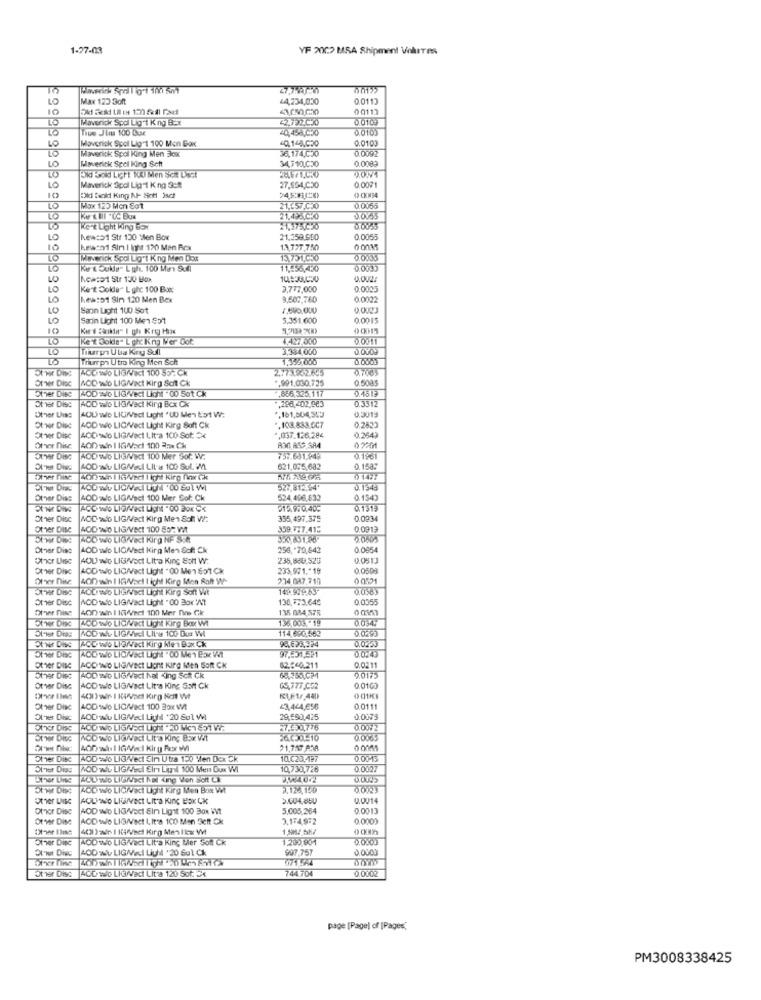
1-27-03
YF 2002 MSA Shipment Volures
LO
Max 123 Soft
44,234,030
0.0113
10
0 0113
10
Maverick Spol Lig t Kng BCx
0.0109
40,458,030
0.0103
Maverick Spol Lig't 100 Mon Box
0.0103
10
Maverick Spol King Men 3cx
36,174,030
0.0092
Maverick Spel King Sett
34,710,020
0.0089
10
0.0001
10
Maverick 3pdl Lig-1 K ng 3:4
27,534,050
10
O CKM34
TO
Max 125 Mon Sot
21,657,030
0.0055
TO
21.495.030
D.OY55
TO
KG-t Light King Box
0.0035
New:51 Str 130 Mlen Box
21.359.600
0.0055
10
heads1 Sin I inps 170 Man Rcx
13,727.750
0 0035
Maverick Spol Lig't K ng Men Dox
13.731.050
0.0035
LO
Ke & Oukde- L ph. 100 Me Sull
11 .- 56,430
Now:51 Str 130 Box
LO
Kent Dolda" L ghc 100 Box
3,777,000
0.0003
10
Kes:51 Sim 120 Men Box
9,607,780
0.0022
10
Sann Light 100 Sot
0.002J
10
Sarin Light 100 Men Got
5.351.600
0.0015
10
Kis's Skikta" I gh Krej Hix
0 0015
10
Ke't Solde" L ghc King Mer Got.
4.427.330
0.0011
Tilurg Uba Kry Stl
3,384,000
Thurrph Utro King Mon Sch
0.0003
ACD wo LIGNect 100 55-Ck
2 .: 73.832.605
0.7005
Other Dine
WOD wo LIG/Vact Kirg Soit Ck
.. 991.030.725
0.5085
AOD wo LIGNect Licht .00 Sot Ck
.856,325,117
0.4513
Other Dise
AOD wio LIGNect Kirg Bcx Ck
,288,402,983
Other Disc
AOU wo LIUNVect Light 'UD Men &ot W:
0.3512
0.3015
.161,504,303
AOD wie LIC/Vect Light King Soft Ck
.103.833.007
Other Disc
AOD wo LIGNect LIt'a 100 Sot: $
,037.126.204
0.264)
Other Dise
AM ASS.SAA
Ouvir Disa
AOD WO LIGNEct 100 Mer Sor. W.
737.691,449
AOD wit LIGMel LIl'a 100 Sul. IM
621,075,682
0.1583
Over Dine
014:7
52:312.54'
0. 1543
Other Dise
AOD wie LIGW/act 100 Mer Col: Ck
524,496,632
0.1543
5149:0,405
0.1319
Other Disc
AOD wo LIG/Vect Kirg Me1 85h W:
355,497.375
0.0234
El6D'O
Other Disc
WOD TWO LIGIVECI 100 SO- Wt
359.777.415
400 wo LlsWect Kirg NF Satt
Other Dise
LOD w/o LIGWVect King Men Soft Ck
256 ,- 70,642
0.0864
Othor Uise
400 wo LIGNVed Lita King Echt W:
235,680.520
0.0513
Other Dise
LOD wo LIG/Vact Light .00 Men Sot Ck
233,971 .* 19
0.0508
Otvor Dise
400 win I IG Vael I ight Kirg Mon Son W-
274 087.717
Otvor Dise
AUDIWO LIGNect Light kirg Sont Wt
0.0383
Other Dise
AOD wado LIG/Vect Light "00 Box 1/?
130.773.649
0.0355
Other Dise
400 win 1 104/net 100 Mer ne Ck
135 084,57R
136 004.11
0.034.
KOD wo LidiVest Light kirg Box W
114 690,562
0.0293
0.0253
Other Dise
RCC WO LIGNet Kirg Men Dax Ck
97,531,521
0.0.4
Other Dise
Other DING
AODINO LIGIVET LICht KIFO Men SOR CK
02 .: 60.211
0,0211
Other Dise
HOD wo LIGNect Nat King Sci Ck
9.0175
Other Disc
ACD wie LIG/Vact Lita King Saft Ck
G5,777.002
0.0163
0 01K3
Other Dise
AOD wo LIGNect 100 Box Wt
43,444,656
0.0111
AOD wu LIGMVedl Light +20 Sol WI
29,590,425
0.0073
Other Dise
ACD WO LIGNEct Licht .20 Mon 851 Wa
27.500.776
0.00W2
Otvor Dite
AOD wo LIGWVaci Lit'a King Box Wit
0 0055
Other Dise
AOD wo LIGNect Sim Utra 150 Ven Dex Ck
10.023.197
0.0015
Oliver Dias
ROD wit LIGRecl Elri Liunl 100 Men Dux WI
10,730,726
0.0027
ACO we LidiVect Light kirg Men Box Wt
3.125,140
0.0023
Other Lise
AQUINO LIGIVECI LIt'a KINC BOK CK
0.0014
Othor Dise
WOD Wo LIGW/oct Ein Lignit 100 Box WVt
5,005,264
0.0013
Other Dise
AOD wie LIG/Vect LIt's 100 Men 3eft Ck
3.174.972
0.0000
4021 3 -aJn 1 KSW/eet King Men Ilew Wt
Other Dise
NOD Wo LIGWaci Lit'a King Mer Soft Ck
1.200 801
0.0003
AOD wit LIG/Vedl Light '20 Sul Ck
997.757
Other Dige
AUD wo LIGWeci Lit'a 120 Sot: 34
744.704
0.0002
page [Pagel of [Pages,
PM3008338425